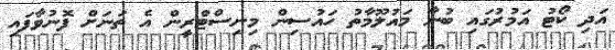
އަދި ކޯޓު އަމުރުގައި ބުނާ މައުލޫމާތު ހައުސިން މިނިސްޓްރީން އެ ތަނަށް ފޮނުވާފައި